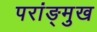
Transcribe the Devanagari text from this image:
परांङ्‌मुख